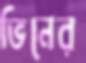
ভিনের